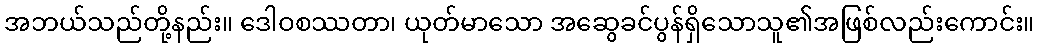
အဘယ်သည်တို့နည်း။ ဒေါဝစဿတာ၊ ယုတ်မာသော အဆွေခင်ပွန်ရှိသောသူ၏အဖြစ်လည်းကောင်း။